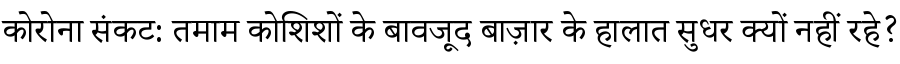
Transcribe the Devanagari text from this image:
कोरोना संकट: तमाम कोशिशों के बावजूद बाज़ार के हालात सुधर क्यों नहीं रहे?